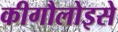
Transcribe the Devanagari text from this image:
कीगौलोइसे